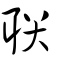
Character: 聯